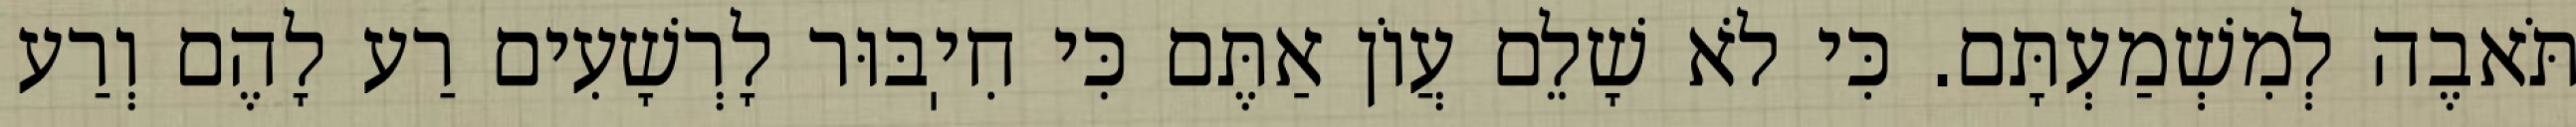
תֹּאבֶה לְמִשְׁמַעְתָּם. כִּי לֹא שָׁלֵם עֲוֹן אַתֶּם כִּי חִיֽבּוּר לָרְשָׁעִים רַע לָהֶם וְרַע